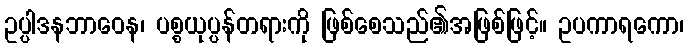
ဥပ္ပါဒနဘာဝေန၊ ပစ္စယုပ္ပန်တရားကို ဖြစ်စေသည်၏အဖြစ်ဖြင့်။ ဥပကာရကော၊